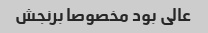
عالی بود مخصوصا برنجش